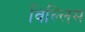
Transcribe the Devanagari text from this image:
विल्लिम